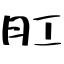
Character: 肛